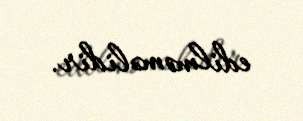
edilməməlidir.